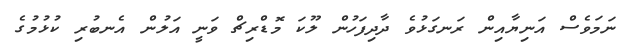
ނަމަވެސް އަނިޔާއިން ރަނގަޅުވެ ދާދިފަހުން ލޫކަ މޮޑްރިޗް ވަނީ އަލުން އެނބުރި ކުޅުމުގެ